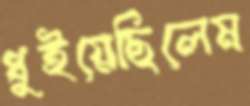
ধুইয়েছিলেম